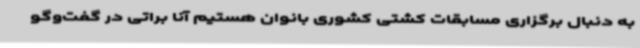
به دنبال برگزاری مسابقات کشتی کشوری بانوان هستیم آنا براتی در گفت‌وگو